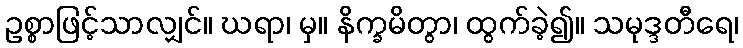
ဥစ္စာဖြင့်သာလျှင်။ ဃရာ၊ မှ။ နိက္ခမိတွာ၊ ထွက်ခဲ့၍။ သမုဒ္ဒတီရေ၊